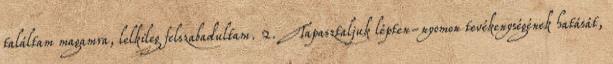
találtam magamra, lelkileg felszabadultam. 2. Tapasztaljuk lépten-nyomon tevékenységének hatását,